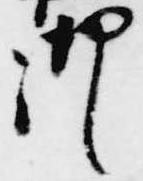
御